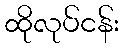
ထိုလုပ်ငန်း